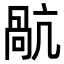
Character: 𭉥